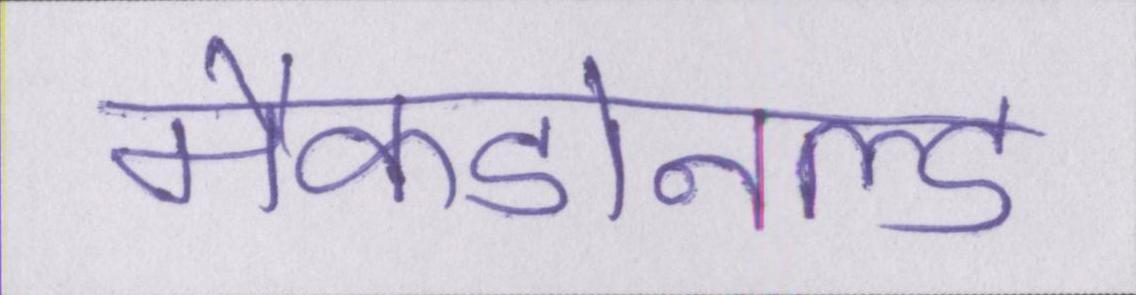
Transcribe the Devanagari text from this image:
मैकडोनल्ड